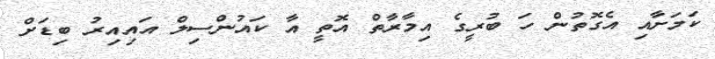
ކަމަށާއި އެގޮތުން ހަ ބުރީގެ އިމާރާތް އޮތީ އާ ކައުންސިލް އައިއިރު ބިޑަށް